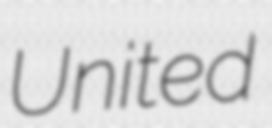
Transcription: United